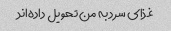
غذای سرد به من تحویل داده‌اند